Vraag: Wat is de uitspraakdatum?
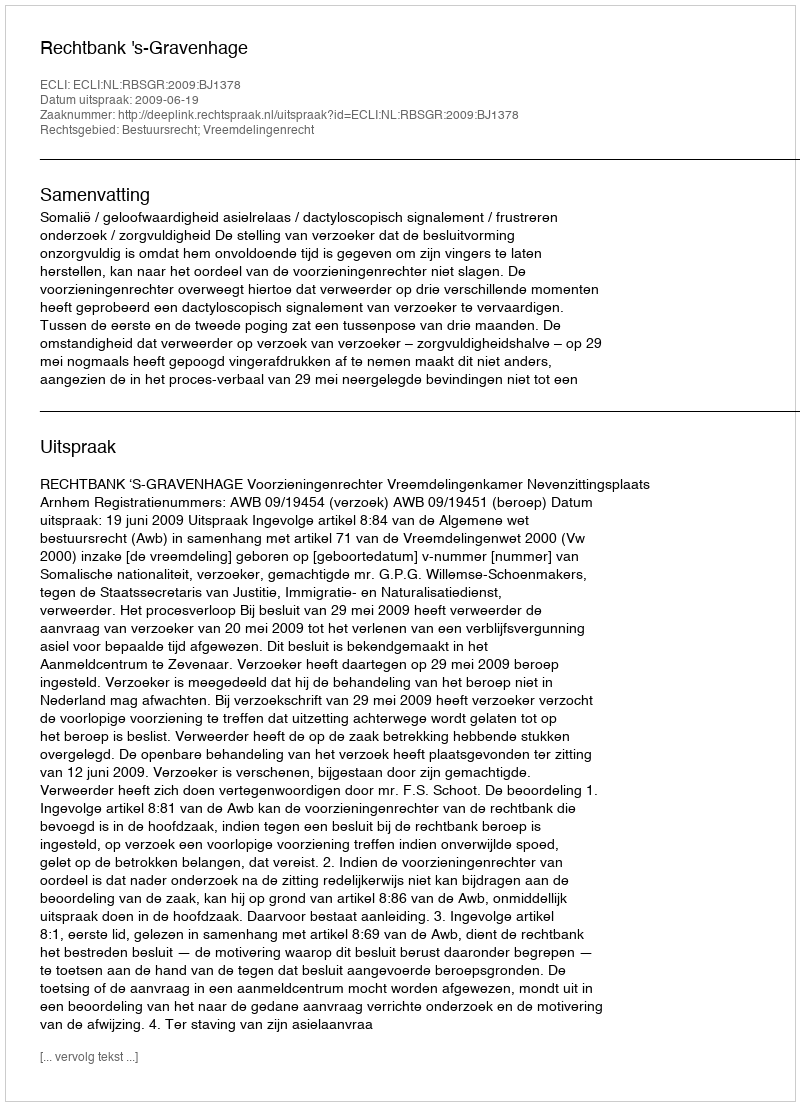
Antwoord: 2009-06-19